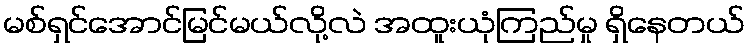
မစ်ရှင်အောင်မြင်မယ်လို့လဲ အထူးယုံကြည်မှု ရှိနေတယ်